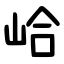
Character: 峆